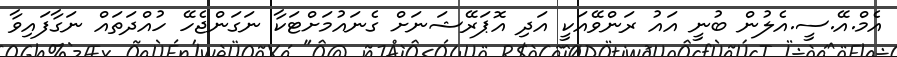
އެމް.އޭ.ސީ.އެލުން ބުނީ އައު ރަންވޭއަކީ އަދި އޮޕަރޭޝަނަށް ގެނައުމަށްޓަކާ ނަގަންޖެހޭ ހުއްދަތައް ނަގާފައިވާ